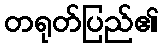
တရုတ်ပြည်၏